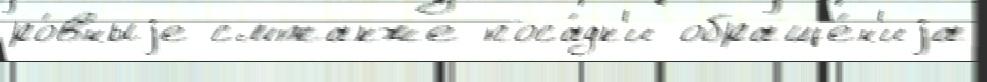
ро́вныjе смтакже поса́дк'и обраще́н'иjа